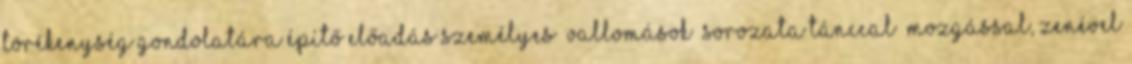
törékenység gondolatára építő előadás személyes „vallomások” sorozata tánccal mozgással, zenével